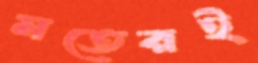
মতেরই